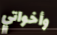
وأخواتي